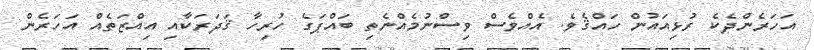
އަހަރެންދެކެ ރުޅިއައުން ހައްޤެވެ. އެއްވެސް ވިސްނުމެއްނެތި ބައްޕަގެ ހުރިހާ ޤަދަރަކާއި އިއްޒަތެއް އަހަރެން